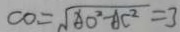
C O = \sqrt { A O ^ { 2 } - A C ^ { 2 } } = 3